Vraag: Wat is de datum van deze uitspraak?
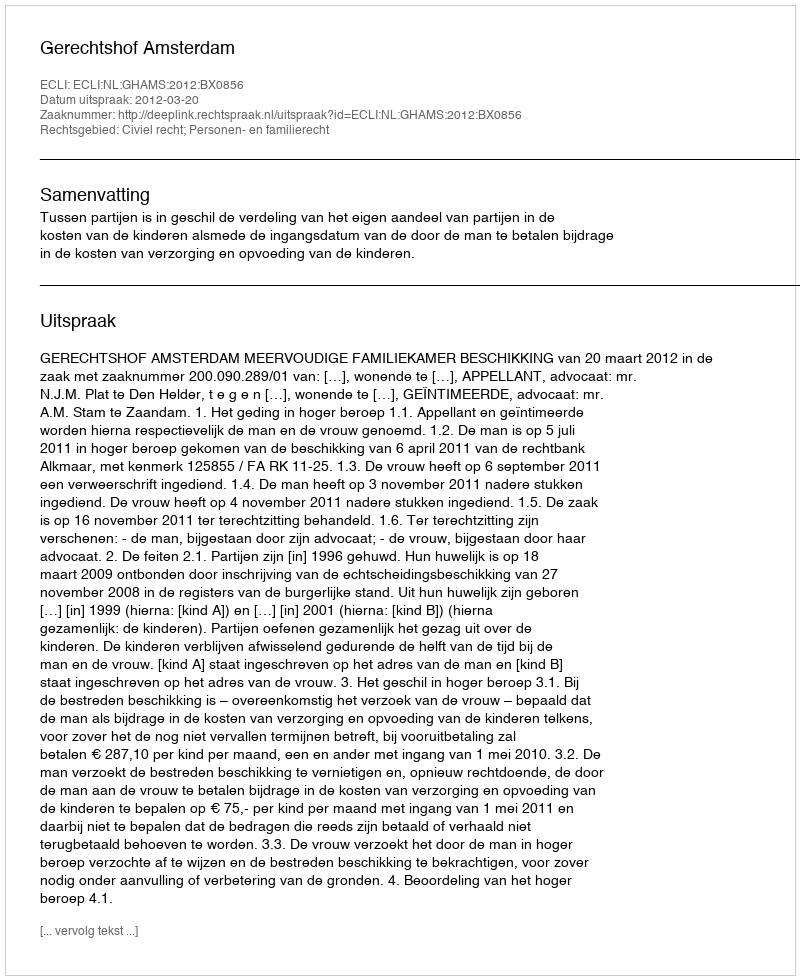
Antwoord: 2012-03-20